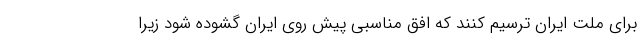
برای ملت ایران ترسیم کنند که افق مناسبی پیش روی ایران گشوده شود زیرا